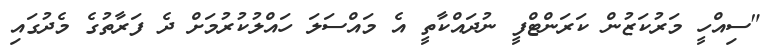
"ސިއްހީ މަރުކަޒުން ކަރަންޓްފީ ނުދައްކާތީ އެ މައްސަލަ ހައްލުކުރުމަށް ދެ ފަރާތުގެ މެދުގައި